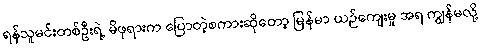
ရန်သူမင်းတစ်ဦးရဲ့ မိဖုရားက ပြောတဲ့စကားဆိုတော့ မြန်မာ ယဉ်ကျေးမှု အရ ကျွန်မလို့